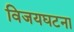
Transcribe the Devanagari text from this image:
विजयघटना